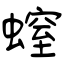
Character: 螲